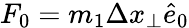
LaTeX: F_{0}=m_{1}\Delta x_{\perp}\hat{e}_{0}